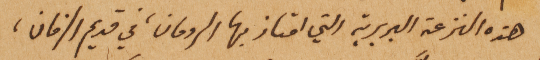
هذه النزعة البربرية التي امتاز بها الرومان، في قديم الزمان،